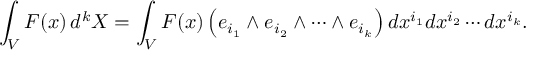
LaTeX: \int _ { V } F ( x ) \, d ^ { k } X = \int _ { V } F ( x ) \left( e _ { i _ { 1 } } \wedge e _ { i _ { 2 } } \wedge \cdots \wedge e _ { i _ { k } } \right) d x ^ { i _ { 1 } } d x ^ { i _ { 2 } } \cdots d x ^ { i _ { k } } .